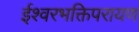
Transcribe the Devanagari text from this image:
ईश्वरभक्तिपरायण